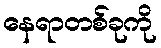
နေရာတစ်ခုကို